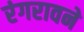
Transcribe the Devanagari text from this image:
रंगरावने